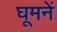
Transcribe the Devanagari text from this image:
घूमनें